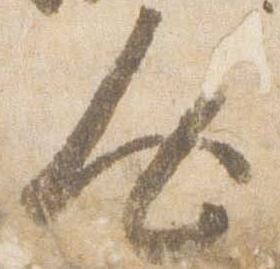
人